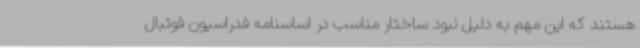
هستند که این مهم به دلیل نبود ساختار مناسب در اساسنامه فدراسیون فوتبال